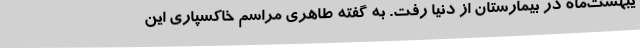
یبهشت‌ماه در بیمارستان از دنیا رفت. به گفته طاهری مراسم خاکسپاری این